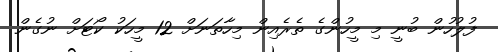
ފުލުހުން ބުނީ މި މީހުންގެ ތެރެއިން މިހާތަނަށް 12 މީހަކު ކޯޓަށް ނުގެން